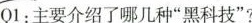
01：主要介绍了哪几种”黑科技”?